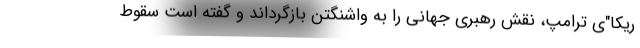
ریکا"ی ترامپ، نقش رهبری جهانی را به واشنگتن بازگرداند و گفته است سقوط